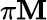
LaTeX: \pi\mathbf{M}